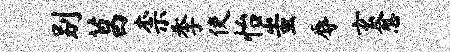
别菖柰季使怡蚩辱玄愈